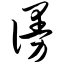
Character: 谩